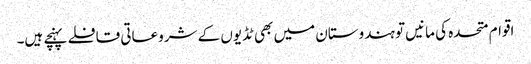
اقوام متحدہ کی مانیں تو ہندوستان میں بھی ٹڈیوں کے شروعاتی قافلے پہنچے ہیں۔